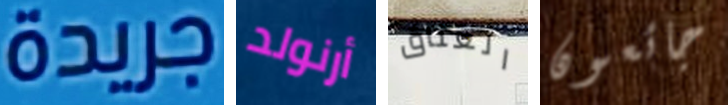
جريدة أرنولد العناق جائعون